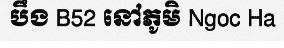
បឹង B52 នៅភូមិ Ngoc Ha